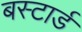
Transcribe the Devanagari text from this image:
बस्टार्ड